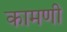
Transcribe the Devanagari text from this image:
कामणी